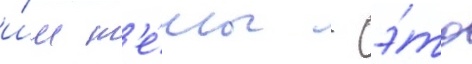
и́м т'е́мы - э́то